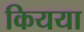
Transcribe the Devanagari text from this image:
कियया